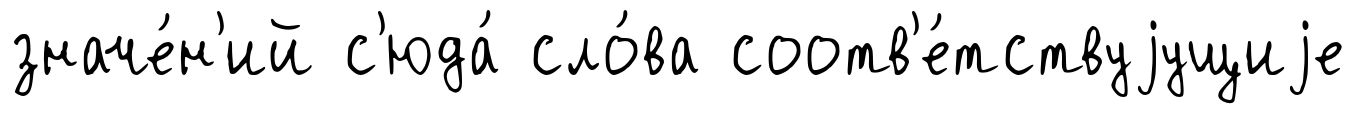
значе́н'ий с'юда́ сло́ва соотв'е́тствуjущиjе